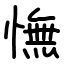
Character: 憮